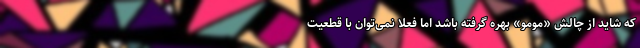
که شاید از چالش «مومو» بهره گرفته باشد اما فعلاً نمی‌توان با قطعیت